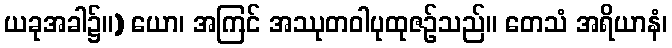
ယခုအခါ၌။) ယော၊ အကြင် အဿုတဝါပုထုဇဉ်သည်။ တေသံ အရိယာနံ၊